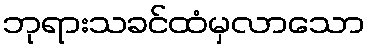
ဘုရားသခင်ထံမှလာသော